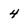
Character: 4